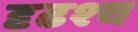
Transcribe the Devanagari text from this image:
दृढश्च